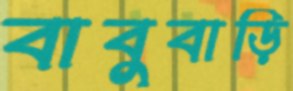
বাবুবাড়ি